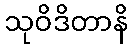
သုဝိဒိတာနိ